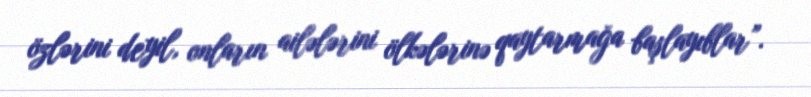
özlərini deyil, onların ailələrini ölkələrinə qaytarmağa başlayıblar”.